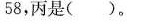
58,丙是( )。